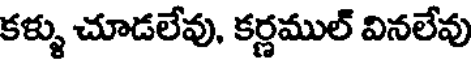
కళ్ళు చూడలేవు, కర్ణముల్ వినలేవు